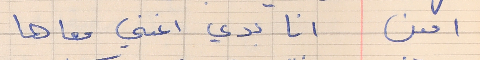
امين       انا بدي اغني معاها